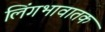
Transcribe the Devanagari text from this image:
लिंगभावातक